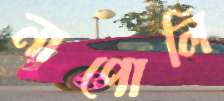
নাপোলি